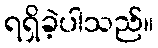
ရရှိခဲ့ပါသည်။